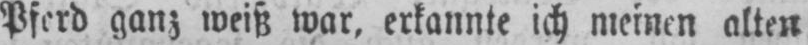
Pferd ganz weiß war, erkannte ich meinen alten